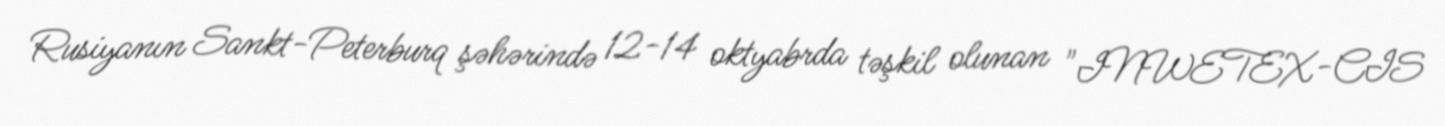
Rusiyanın Sankt-Peterburq şəhərində 12-14 oktyabrda təşkil olunan "INWETEX-CIS